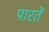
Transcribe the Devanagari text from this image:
पारतें